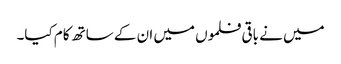
میں نے باقی فلموں میں ان کے ساتھ کام کیا۔